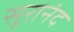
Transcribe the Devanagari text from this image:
सूरानंद